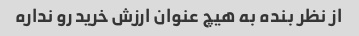
از نظر بنده به هیچ عنوان ارزش خرید رو نداره